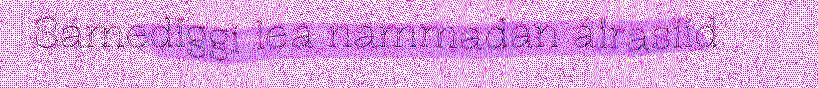
Sámediggi lea nammadan áirasiid